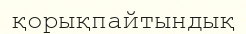
қорықпайтындық